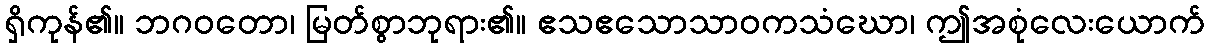
ရှိကုန်၏။ ဘဂဝတော၊ မြတ်စွာဘုရား၏။ ဧသဧသောသာဝကသံဃော၊ ဤအစုံလေးယောက်